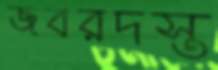
জবরদস্ত